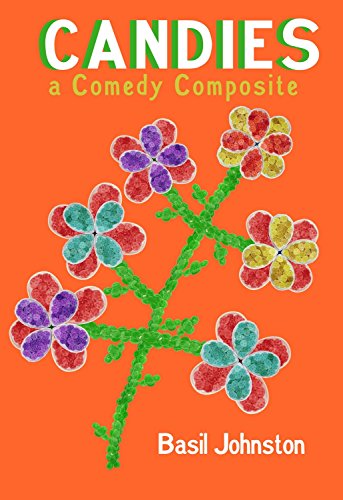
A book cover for Candies: A Comedy Composite; Basil H. Johnston; Literature & Fiction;